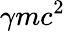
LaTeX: \gamma mc^{2}